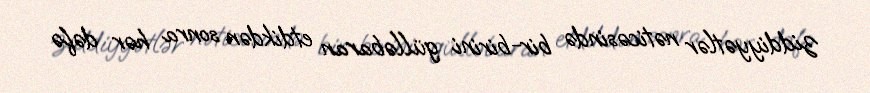
ziddiyyətlər nəticəsində bir-birini gülləbaran etdikdən sonra hər dəfə